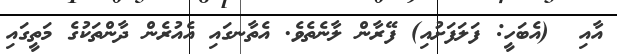
އާއި  (އެބަހީ: ފަލަފަށުއި) ފޭރާން ލާނެތެވެ. އެތާނގައި އެއުރެން ދާންތަކުގެ މަތީގައި